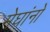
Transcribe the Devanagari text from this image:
मेघांनो